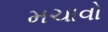
મચાવો